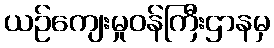
ယဉ်ကျေးမှုဝန်ကြီးဌာနမှ